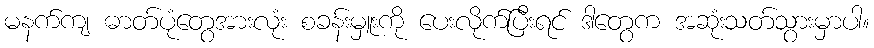
မနက်ကျ ဓာတ်ပုံတွေအားလုံး စခန်းမှူးကို ပေးလိုက်ပြီးရင် ဒါတွေက အဆုံးသတ်သွားမှာပါ။